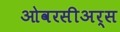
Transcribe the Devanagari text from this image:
ओवरसीअर्स